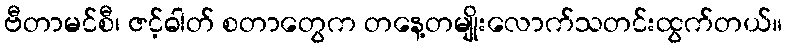
ဗီတာမင်စီ၊ ဇင့်ဓါတ် စတာတွေက တနေ့တမျိုးလောက်သတင်းထွက်တယ်။